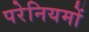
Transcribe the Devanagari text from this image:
परेनियमों